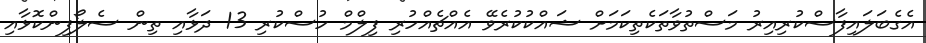
އެގެބަލައިފާސްކުރިއިރު މަސްތުވާތަކެތިކަމަށް ޝައްކުކުރެވޭ އެއްޗެއްހުރި ފިލްމް ހުސްކުރި 13 ދަޅާއި ތިން ސެލޯފިންކޮޅާއި